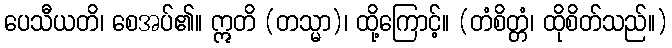
ပေသီယတိ၊ စေအပ်၏။ ဣတိ (တသ္မာ)၊ ထို့ကြောင့်။ (တံစိတ္တံ၊ ထိုစိတ်သည်။)